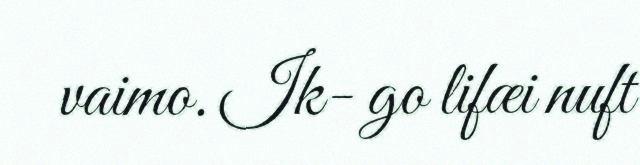
vaimo. Ik- go lifæi nuft